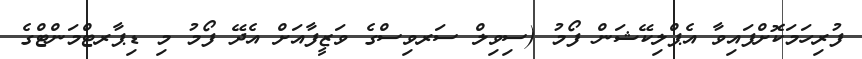
ފުރިހަމަކޮށްފައިވާ އެޕްލިކޭޝަން ފޯމު (ސިވިލް ސަރވިސްގެ ވަޒީފާއަށް އެދޭ ފޯމު މި ޑިޕާރޓްމަންޓްގެ